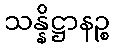
သန္နိဋ္ဌာနဉ္စ